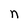
Character: n